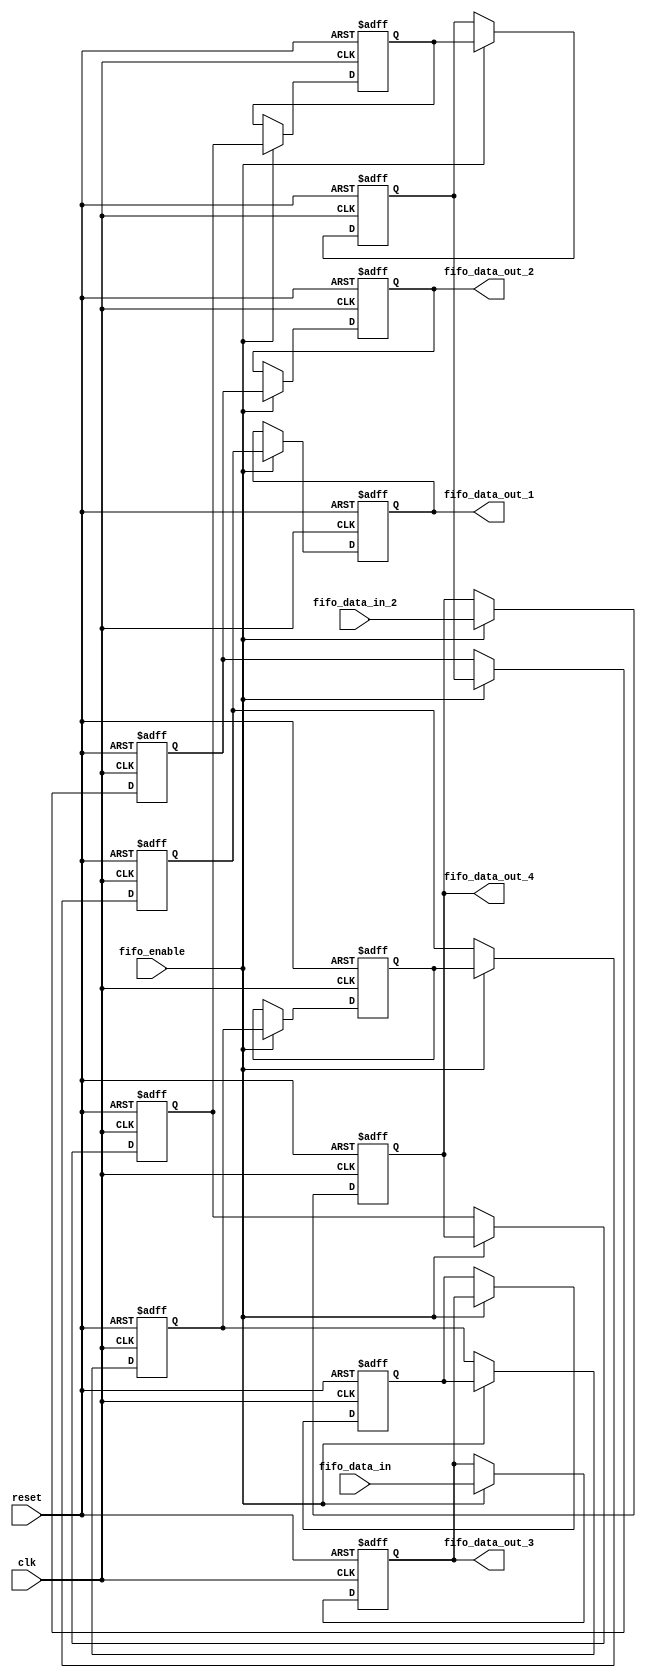
`timescale 1ns / 1ps


module 
 FIFO_4_2_12 #(parameter
///////////advanced parameters//////////
	DATA_WIDTH 					= 32,
///////////architecture parameters//////
	IFM_SIZE 					= 10,
	KERNAL_SIZE 				= 2,
///////////generated parameters/////////
	FIFO_SIZE               	= (KERNAL_SIZE-1)*IFM_SIZE + KERNAL_SIZE            

	)(
	input clk,
	input reset,
	input fifo_enable,
	input [DATA_WIDTH-1:0] fifo_data_in,
	input [DATA_WIDTH-1:0] fifo_data_in_2,
	output [DATA_WIDTH-1:0] fifo_data_out_1,
	output [DATA_WIDTH-1:0] fifo_data_out_2,
	output [DATA_WIDTH-1:0] fifo_data_out_3,
	output [DATA_WIDTH-1:0] fifo_data_out_4
	);
	reg	[DATA_WIDTH-1:0] FIFO  [FIFO_SIZE-1:0] ;
	always @ (posedge clk or posedge reset)
    begin
        if(reset)
		begin
			FIFO[0] <= {DATA_WIDTH{1'b0}};
			FIFO[1] <= {DATA_WIDTH{1'b0}};
			FIFO[2] <= {DATA_WIDTH{1'b0}};
			FIFO[3] <= {DATA_WIDTH{1'b0}};
			FIFO[4] <= {DATA_WIDTH{1'b0}};
			FIFO[5] <= {DATA_WIDTH{1'b0}};
			FIFO[6] <= {DATA_WIDTH{1'b0}};
			FIFO[7] <= {DATA_WIDTH{1'b0}};
			FIFO[8] <= {DATA_WIDTH{1'b0}};
			FIFO[9] <= {DATA_WIDTH{1'b0}};
			FIFO[10] <= {DATA_WIDTH{1'b0}};
			FIFO[11] <= {DATA_WIDTH{1'b0}};
		end
		else if(fifo_enable)
		begin
			FIFO[0] <= fifo_data_in_2;
			FIFO[1] <= fifo_data_in;
			FIFO[2] <= FIFO[0];
			FIFO[3] <= FIFO[1];
			FIFO[4] <= FIFO[2];
			FIFO[5] <= FIFO[3];
			FIFO[6] <= FIFO[4];
			FIFO[7] <= FIFO[5];
			FIFO[8] <= FIFO[6];
			FIFO[9] <= FIFO[7];
			FIFO[10] <= FIFO[8];
			FIFO[11] <= FIFO[9];
		end
	end

	assign    fifo_data_out_1 = FIFO[(KERNAL_SIZE-1)*IFM_SIZE+(KERNAL_SIZE-1)];
	assign    fifo_data_out_2 = FIFO[(KERNAL_SIZE-1)*IFM_SIZE+(KERNAL_SIZE-2)];
	
	assign    fifo_data_out_3 = FIFO[(KERNAL_SIZE-2)*IFM_SIZE+(KERNAL_SIZE-1)];
	assign    fifo_data_out_4 = FIFO[(KERNAL_SIZE-2)*IFM_SIZE+(KERNAL_SIZE-2)];
	
endmodule